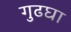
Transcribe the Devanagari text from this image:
गुढघा